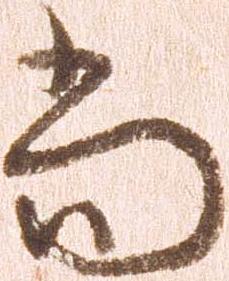
尚